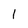
Character: 1